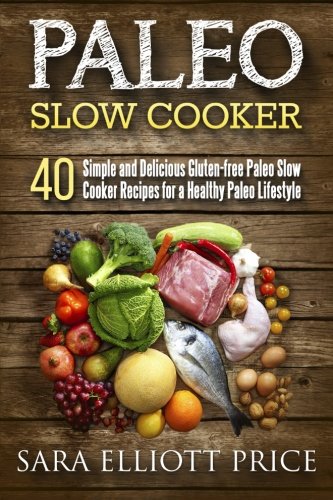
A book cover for Paleo Slow Cooker: 40 Simple and Delicious Gluten-free Paleo Slow Cooker Recipes for a Healthy Paleo Lifestyle; Sara Elliott Price; Cookbooks, Food & Wine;